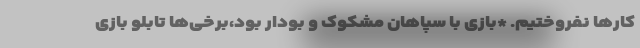
کارها نفروختیم. *بازی با سپاهان مشکوک و بودار بود،برخی‌ها تابلو بازی